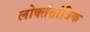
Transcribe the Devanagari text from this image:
लोक्तंतांत्रिक